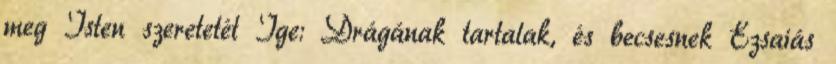
meg Isten szeretetét Ige: Drágának tartalak, és becsesnek Ézsaiás